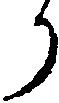
り